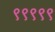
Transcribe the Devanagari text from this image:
९९९९९